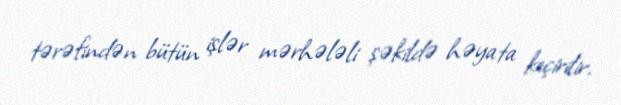
tərəfindən bütün işlər mərhələli şəkildə həyata keçirilir.